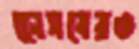
নেেসবেরও